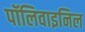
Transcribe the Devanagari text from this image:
पॉलिवाइनिल